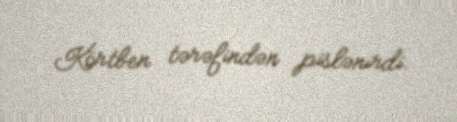
Körtben tərəfindən pislənirdi.